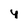
Character: y